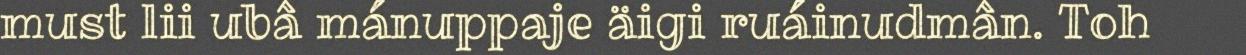
must lii ubâ mánuppaje äigi ruáinudmân. Toh